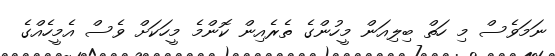
ނަމަވެސް މި ހަތް ބިލިއަން މީހުންގެ ތެރެއިން ކޮންމެ މީހަކަށް ވެސް އެމީހެއްގެ